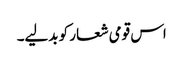
اس قومی شعار کو بدلیے۔